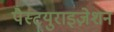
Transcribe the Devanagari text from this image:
पैस्टयुराइज़ेशन